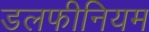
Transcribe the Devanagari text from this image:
डलफीनियम